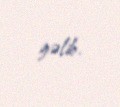
gəlib.